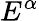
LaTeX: E^{\alpha}